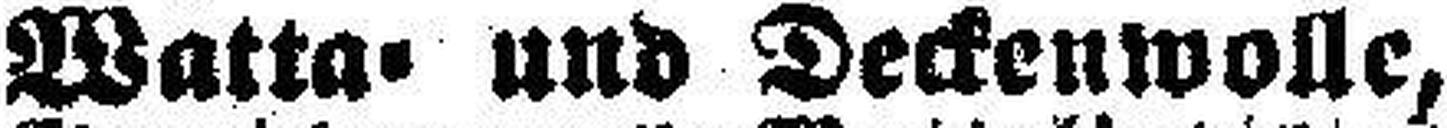
Watta= und Deckenwolle,